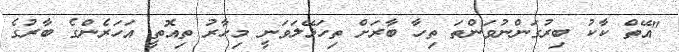
"އޭތް ކާކު ބިރުގަންނުވަންތަ ތިހާ ބާރަށް ތިހަޅޭލަވަނީ މިހާރު ތިއޮތީ އަހަރެންގެ ބާރުގެ